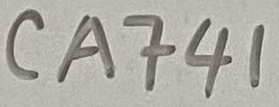
Text: CA741